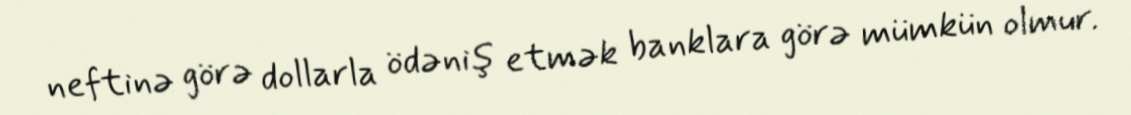
neftinə görə dollarla ödəniş etmək banklara görə mümkün olmur.